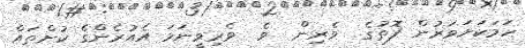
ހަމަކަށަވަރުން ފޮތުގެ  ވެރިން  ވެ  ވެރިވީނަމަ އެއުރެންގެ ކުށްތައް